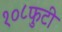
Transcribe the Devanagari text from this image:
१०८फुटी